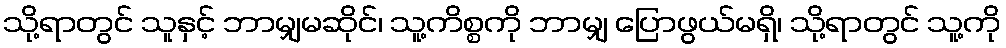
သို့ရာတွင် သူနှင့် ဘာမျှမဆိုင်၊ သူ့ကိစ္စကို ဘာမျှ ပြောဖွယ်မရှိ၊ သို့ရာတွင် သူ့ကို